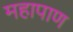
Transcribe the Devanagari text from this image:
महापाण